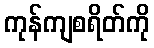
ကုန်ကျစရိတ်ကို